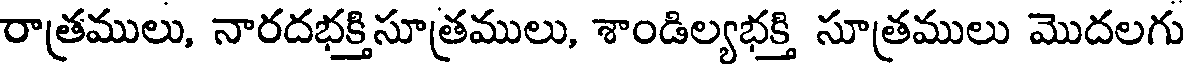
రాత్రములు, నారదభక్తిసూత్రములు, శాండిల్యభక్తి సూత్రములు మొదలగు